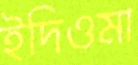
ইদিওমা